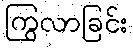
ကြွလာခြင်း